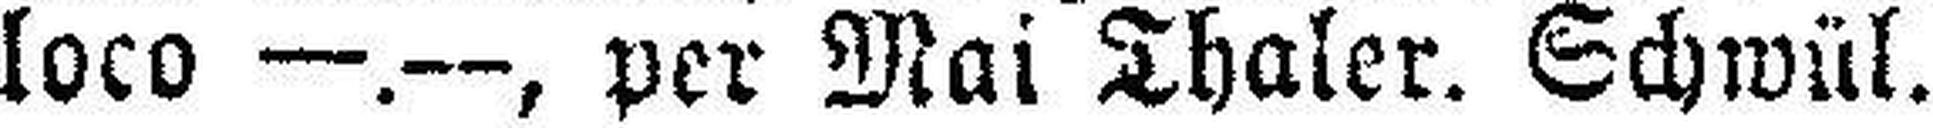
loco —.—, per Mai Thaler. Schwül.